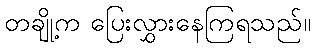
တချို့က ပြေးလွှားနေကြရသည်။